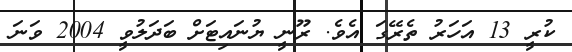
ކުރީ 13 އަހަރު ތެރޭގަ އެވެ. ރޫނީ ޔުނައިޓަށް ބަދަލުވީ 2004 ވަނަ